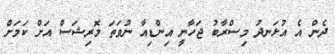
ދެން އެ އުޅަނދު މިސްރާބު ޖަހާނީ އިންޑިއާ ނުވަތަ މޮރިޝަސް އަށް ކަމަށް